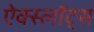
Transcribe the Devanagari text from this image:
ऐक्स्लॉट्स